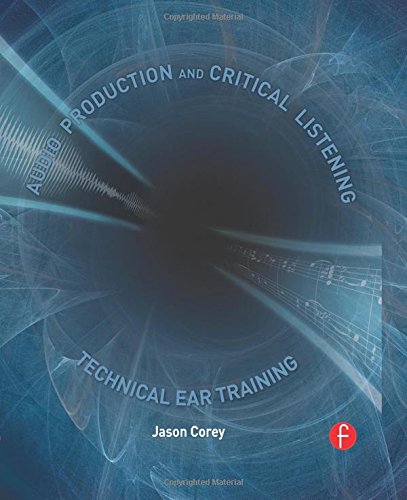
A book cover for Audio Production and Critical Listening: Technical Ear Training (Audio Engineering Society Presents); Jason Andrew Corey; Science & Math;